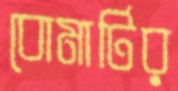
বোমাটির